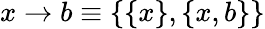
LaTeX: x\rightarrow b\equiv\{ \{ x\} ,\{ x,b\} \}